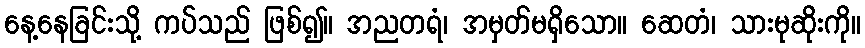
နေ့နေခြင်းသို့ ကပ်သည် ဖြစ်၍။ အညတရံ၊ အမှတ်မရှိသော။ ဆေတံ၊ သားမုဆိုးကို။